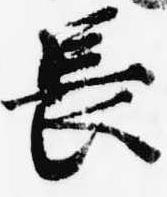
長